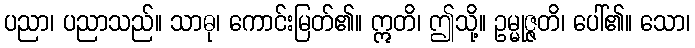
ပညာ၊ ပညာသည်။ သာဓု၊ ကောင်းမြတ်၏။ ဣတိ၊ ဤသို့။ ဥမ္မုဇ္ဇတိ၊ ပေါ်၏။ သော၊